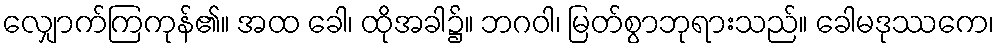
လျှောက်ကြကုန်၏။ အထ ခေါ၊ ထိုအခါ၌။ ဘဂဝါ၊ မြတ်စွာဘုရားသည်။ ခေါမဒုဿကေ၊